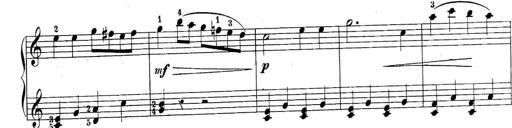
Title: 10 Sonatines progressives
Composer: Anton Schmoll